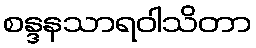
စန္ဒနသာရဝါသိတာ